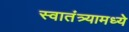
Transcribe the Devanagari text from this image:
स्वातंत्र्यामध्ये